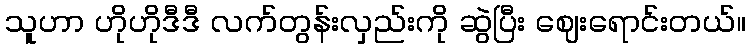
သူဟာ ဟိုဟိုဒီဒီ လက်တွန်းလှည်းကို ဆွဲပြီး ဈေးရောင်းတယ်။